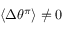
\langle \Delta \theta ^ { \pi } \rangle \neq 0